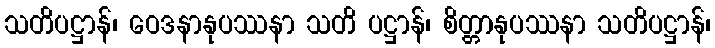
သတိပဋ္ဌာန်၊ ဝေဒနာနုပဿနာ သတိ ပဋ္ဌာန်၊ စိတ္တာနုပဿနာ သတိပဋ္ဌာန်၊